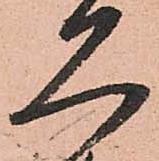
久